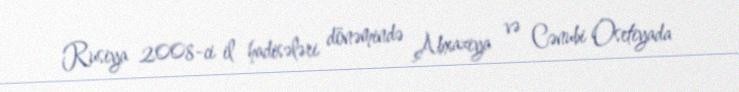
Rusiya 2008-ci il hadisələri dönəmində Abxaziya və Cənubi Osetiyada